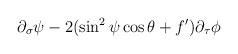
\begin{align*}\partial_{\sigma}\psi - 2(\sin^2\psi\cos\theta + f')\partial_{\tau}\phi\end{align*}